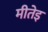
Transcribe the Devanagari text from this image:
मीतेइ